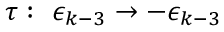
\tau : \, \, \epsilon _ { k - 3 } \rightarrow - \epsilon _ { k - 3 }